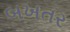
બખતર